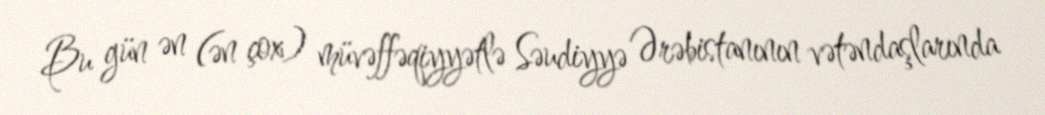
Bu gün ən (ən çox) müvəffəqiyyətlə Səudiyyə Ərəbistanının vətəndaşlarında